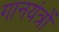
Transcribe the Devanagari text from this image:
गानयंत्रों